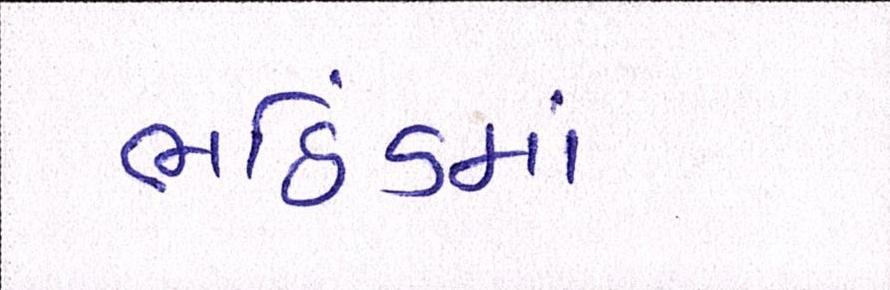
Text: ભઠિંડમાં